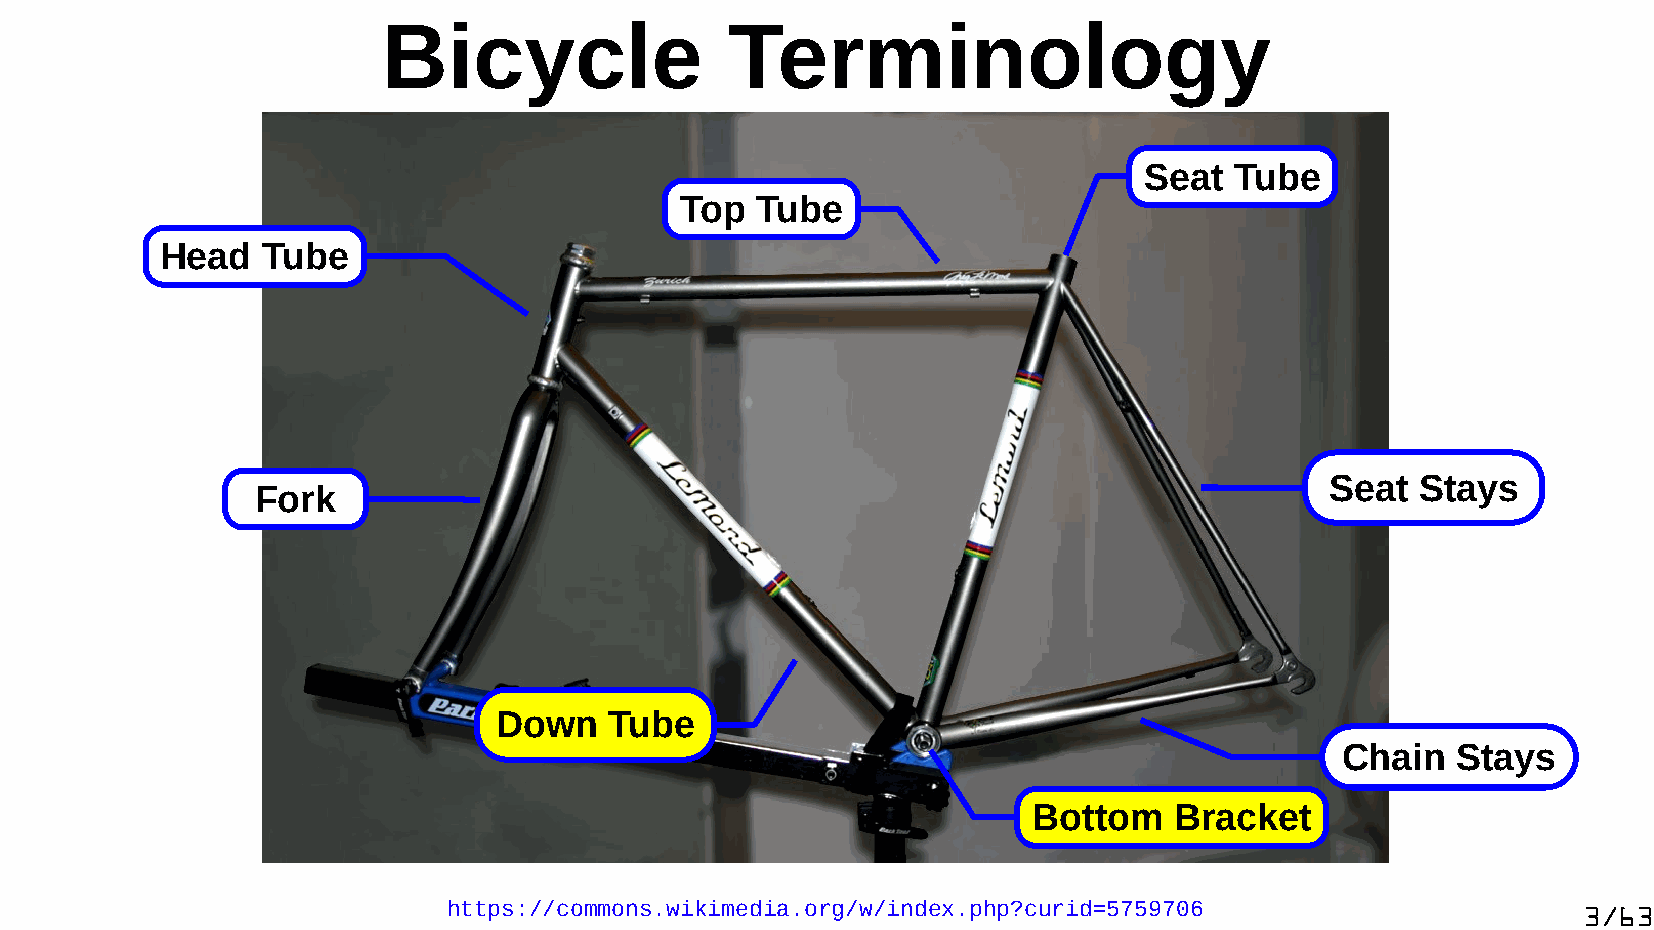
Bicycle                Terminology
 Seat  Tube
 Top  Tube
 Head  Tube
 Seat  Stays
 Fork
 Down   Tube
 Chain  Stays
 Bottom    Bracket
 https://commons.wikimedia.org/w/index.php?curid=5759706                    3/63